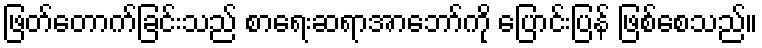
ဖြတ်တောက်ခြင်းသည် စာရေးဆရာအာဘော်ကို ပြောင်းပြန် ဖြစ်စေသည်။